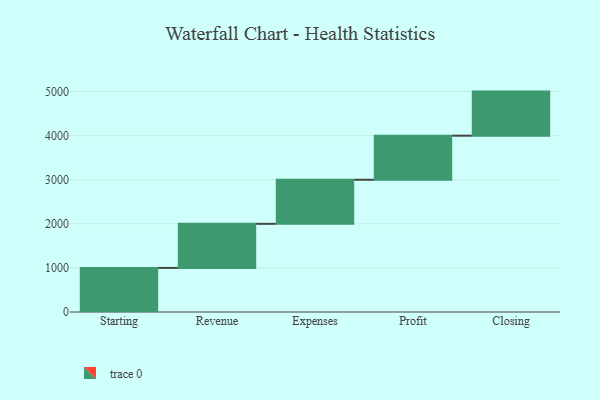
{"axis": {"x": "Step", "y": "Value"}, "legend": [""], "data": [{"x": "Starting", "y": 1000, "type": ""}, {"x": "Revenue", "y": 1000, "type": ""}, {"x": "Expenses", "y": 1000, "type": ""}, {"x": "Profit", "y": 1000, "type": ""}, {"x": "Closing", "y": 1000, "type": ""}]}